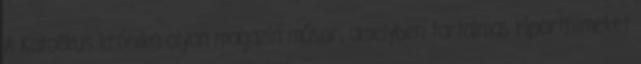
A Katolikus krónika olyan magazin műsor, amelyben tartalmas riportfilmeket